Civil Veterinary Department. United Provinces 1932-42 - 1932-1942
Year: 1932
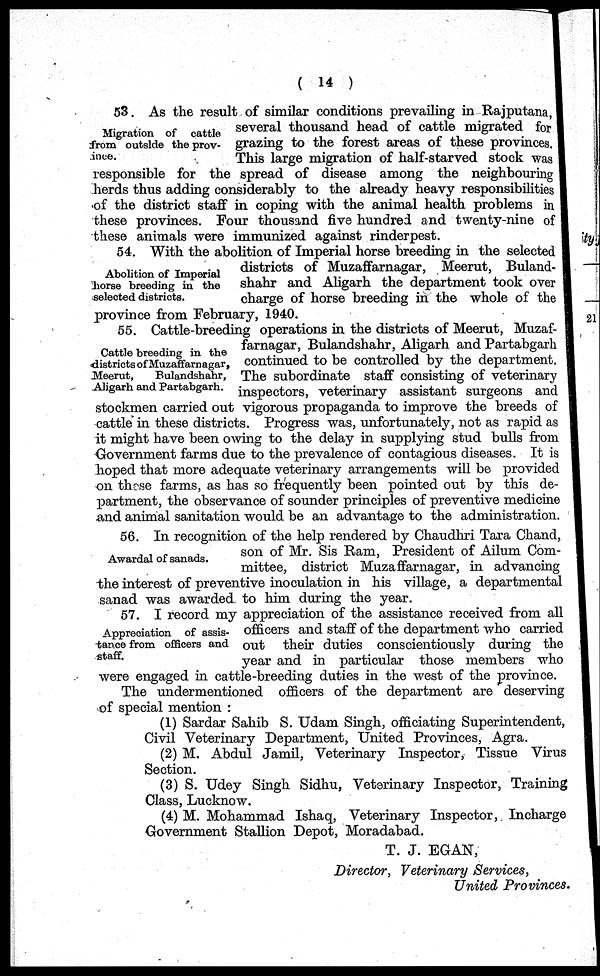
( 14 )
Migration of cattle
from outside the prov-
ince.
53. As the result of similar conditions prevailing in Rajputana,
several thousand head of cattle migrated for
grazing to the forest areas of these provinces.
This large migration of half-starved stock was
responsible for the spread of disease among the neighbouring
herds thus adding considerably to the already heavy responsibilities
of the district staff in coping with the animal health problems in
these provinces. Four thousand five hundred and twenty-nine of
these animals were immunized against rinderpest.
Abolition of Imperial
horse breeding in the
selected districts.
54. With the abolition of Imperial horse breeding in the selected
districts of Muzaffarnagar, Meerut, Buland-
shahr and Aligarh the department took over
charge of horse breeding in the whole of the
province from February, 1940.
Cattle breeding in the
districts of Muzaffarnagar,
Meerut,
Bulandshahr,
Aligarh and Partabgarh.
55. Cattle-breeding operations in the districts of Meerut, Muzaf-
farnagar, Bulandshahr, Aligarh and Partabgarh
continued to be controlled by the department.
The subordinate staff consisting of veterinary
inspectors, veterinary assistant surgeons and
stockmen carried out vigorous propaganda to improve the breeds of
cattle in these districts. Progress was, unfortunately, not as rapid as
it might have been owing to the delay in supplying stud bulls from
Government farms due to the prevalence of contagious diseases. It is
hoped that more adequate veterinary arrangements will be provided
on those farms, as has so frequently been pointed out by this de-
partment, the observance of sounder principles of preventive medicine
and animal sanitation would be an advantage to the administration.
Awardal of sanads.
56. In recognition of the help rendered by Chaudhri Tara Chand,
son of Mr. Sis Ram, President of Ailum Com-
mittee, district Muzaffarnagar, in advancing
the interest of preventive inoculation in his village, a departmental
sanad was awarded to him during the year.
Appreciation of assis-
tance from officers and
staff.
57. I record my appreciation of the assistance received from all
officers and staff of the department who carried
out their duties conscientiously during the
year and in particular those members who
were engaged in cattle-breeding duties in the west of the province.
The undermentioned officers of the department are deserving
of special mention:
(1) Sardar Sahib S. Udam Singh, officiating Superintendent,
Civil Veterinary Department, United Provinces, Agra.
(2) M. Abdul Jamil, Veterinary Inspector, Tissue Virus
Section.
(3) S. Udey Singh Sidhu, Veterinary Inspector, Training
Class, Lucknow.
(4) M. Mohammad Ishaq, Veterinary Inspector, Incharge
Government Stallion Depot, Moradabad.
T. J. EGAN,
Director, Veterinary Services,
United Provinces.